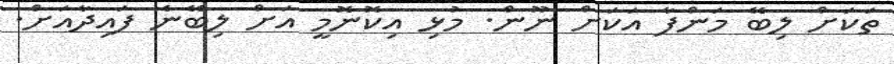
ތަކަށް ލިބޭ މަންފާ އަކަށް ނޫން. މުޅި އިކޮނޮމީ އަށް ލިބޭނެ ފައިދާއަށް.